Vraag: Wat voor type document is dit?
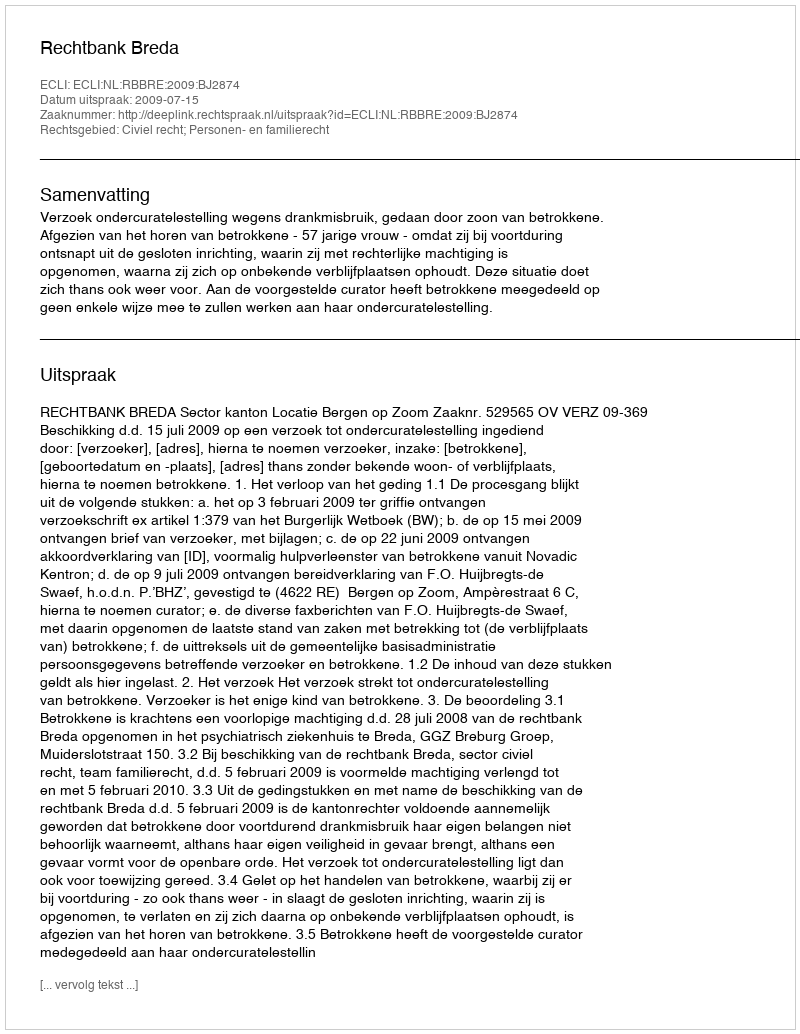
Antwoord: Uitspraak